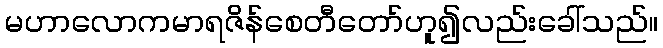
မဟာလောကမာရဇိန်စေတီတော်ဟူ၍လည်းခေါ်သည်။